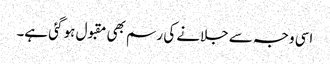
اسی وجہ سے جلانے کی رسم بھی مقبول ہو گئی ہے۔